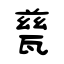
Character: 甆